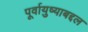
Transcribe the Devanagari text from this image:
पूर्वायुष्याबद्दल